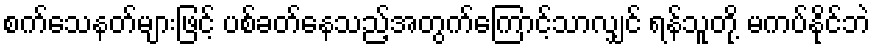
စက်သေနတ်များဖြင့် ပစ်ခတ်နေသည့်အတွက်ကြောင့်သာလျှင် ရန်သူတို့ မကပ်နိုင်ဘဲ